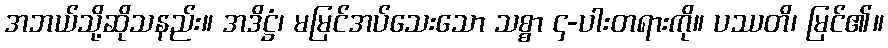
အဘယ်သို့ဆိုသနည်း။ အဒိဋ္ဌံ၊ မမြင်အပ်သေးသော သစ္စာ ၄-ပါးတရားကို။ ပဿတိ၊ မြင်၏။